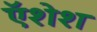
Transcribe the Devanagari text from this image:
ऍशेश